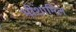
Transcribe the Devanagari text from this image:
भीशामिल